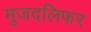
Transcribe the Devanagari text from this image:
मुजदलिफर